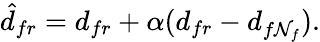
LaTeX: \hat{d}_{fr}=d_{fr}+\alpha(d_{fr}-d_{f\mathcal{N}_{f}}).